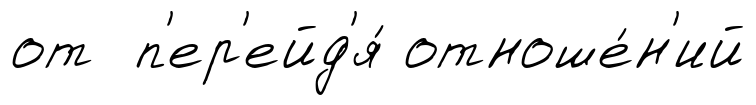
от п'ер'ейд'я́ отноше́н'ий